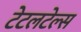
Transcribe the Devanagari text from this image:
टेटलटेल्स